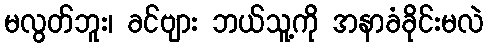
မလွတ်ဘူး၊ ခင်ဗျား ဘယ်သူ့ကို အနာခံခိုင်းမလဲ